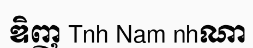
ឌិញ Tnh Nam nhណា